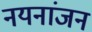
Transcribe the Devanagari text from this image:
नयनांजन